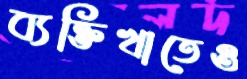
ব্যক্তিখাতেও